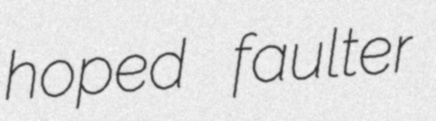
hoped faulter